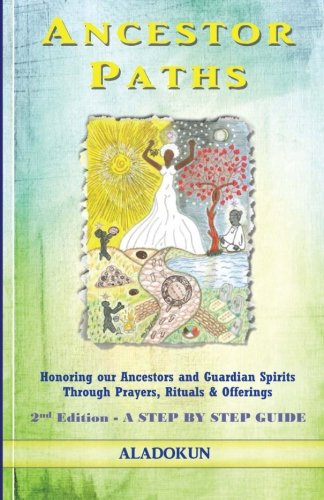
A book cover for Ancestor Paths: Honoring our Ancestors and Guardian Spirits Through Prayers, Rituals, and Offerings (2nd Edition); Aladokun; Religion & Spirituality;